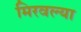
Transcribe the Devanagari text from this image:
मिरवल्या